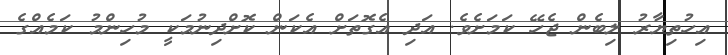
އިހުތިޔާރު ލިބެން ޖެހޭ ކަމަށެވެ. އަދި އެގޮތަށް އެކަން ކޮށްދިނުމަކީ މުހިންމު ކަމެއްގެ